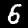
Label: 6